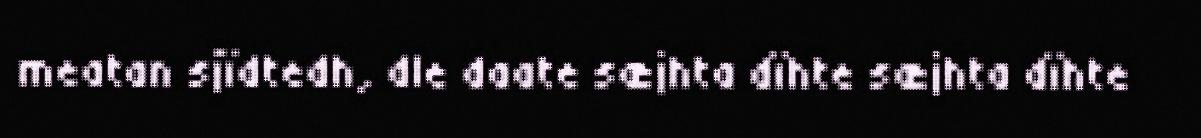
meatan sjïdtedh, dle daate sæjhta dïhte sæjhta dïhte